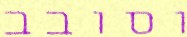
וסובב